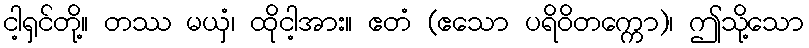
ငါ့ရှင်တို့။ တဿ မယှံ၊ ထိုငါ့အား။ ဧတံ (ဧသော ပရိဝိတက္ကော)၊ ဤသို့သော